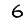
Digit: 6